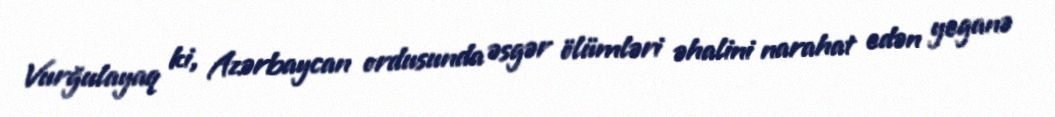
Vurğulayaq ki, Azərbaycan ordusunda əsgər ölümləri əhalini narahat edən yeganə